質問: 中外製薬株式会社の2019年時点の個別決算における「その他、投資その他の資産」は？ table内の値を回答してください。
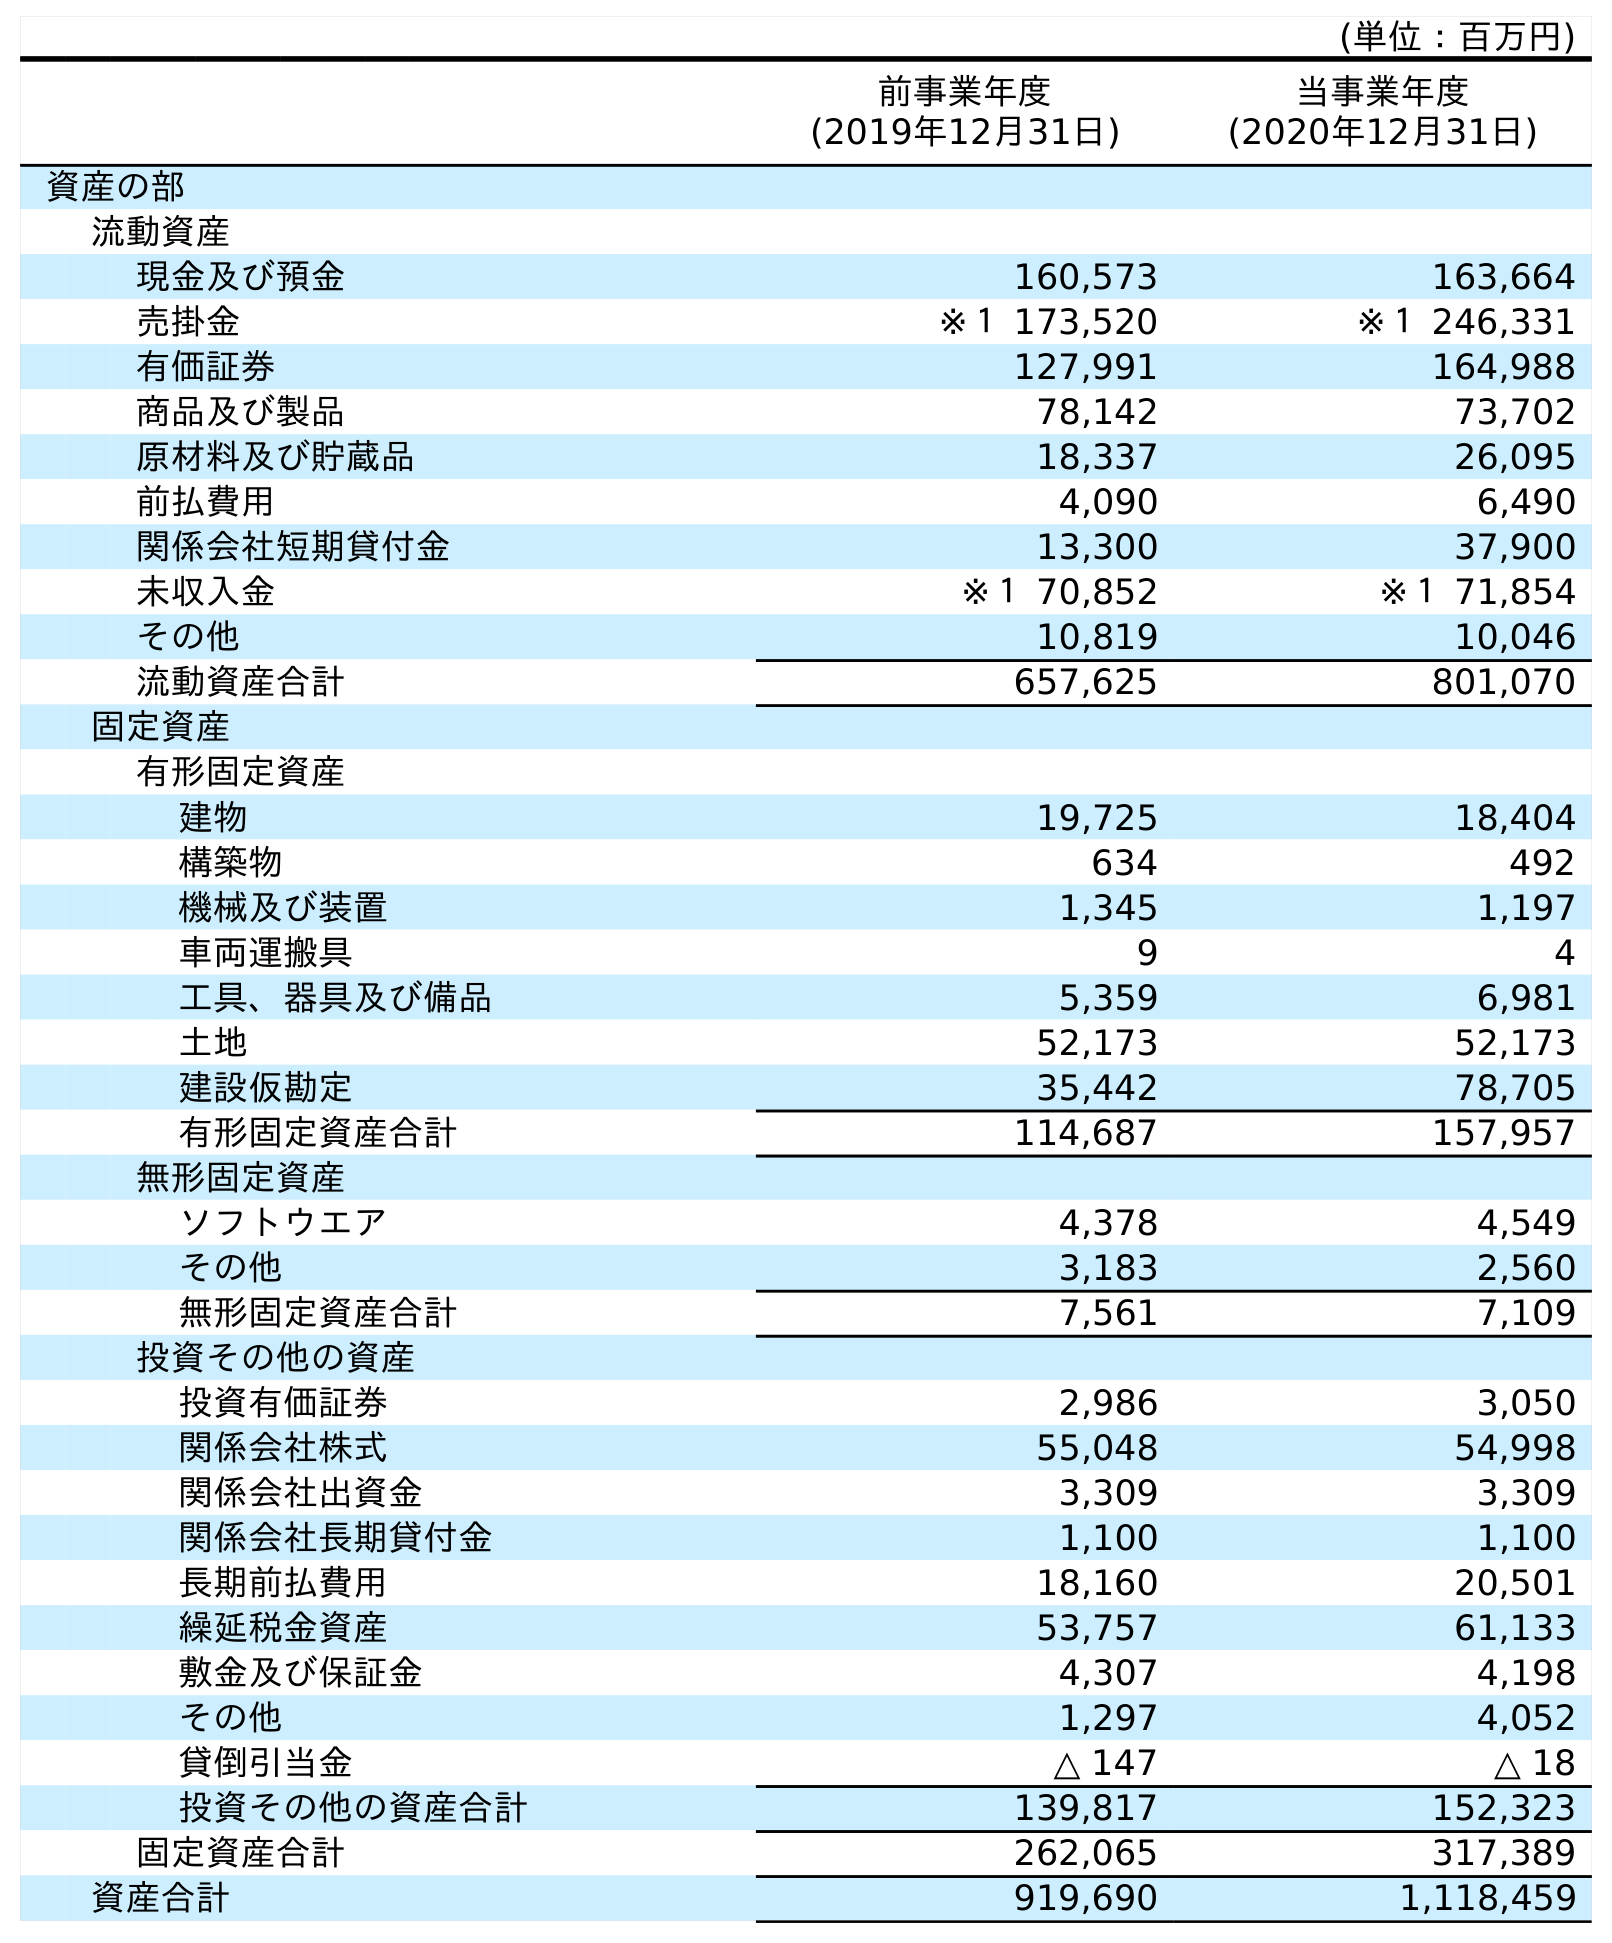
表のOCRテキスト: (単位：百万円) 前事業年度 (2019年12月31日) 当事業年度 (2020年12月31日) 資産の部 流動資産 現金及び預金 160,573 163,664 売掛金 ※１ 173,520 ※１ 246,331 有価証券 127,991 164,988 商品及び製品 78,142 73,702 原材料及び貯蔵品 18,337 26,095 前払費用 4,090 6,490 関係会社短期貸付金 13,300 37,900 未収入金 ※１ 70,852 ※１ 71,854 その他 10,819 10,046 流動資産合計 657,625 801,070 固定資産 有形固定資産 建物 19,725 18,404 構築物 634 492 機械及び装置 1,345 1,197 車両運搬具 9 4 工具、器具及び備品 5,359 6,981 土地 52,173 52,173 建設仮勘定 35,442 78,705 有形固定資産合計 114,687 157,957 無形固定資産 ソフトウエア 4,378 4,549 その他 3,183 2,560 無形固定資産合計 7,561 7,109 投資その他の資産 投資有価証券 2,986 3,050 関係会社株式 55,048 54,998 関係会社出資金 3,309 3,309 関係会社長期貸付金 1,100 1,100 長期前払費用 18,160 20,501 繰延税金資産 53,757 61,133 敷金及び保証金 4,307 4,198 その他 1,297 4,052 貸倒引当金 △ 147 △ 18 投資その他の資産合計 139,817 152,323 固定資産合計 262,065 317,389 資産合計 919,690 1,118,459
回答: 1,297